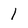
Character: 1